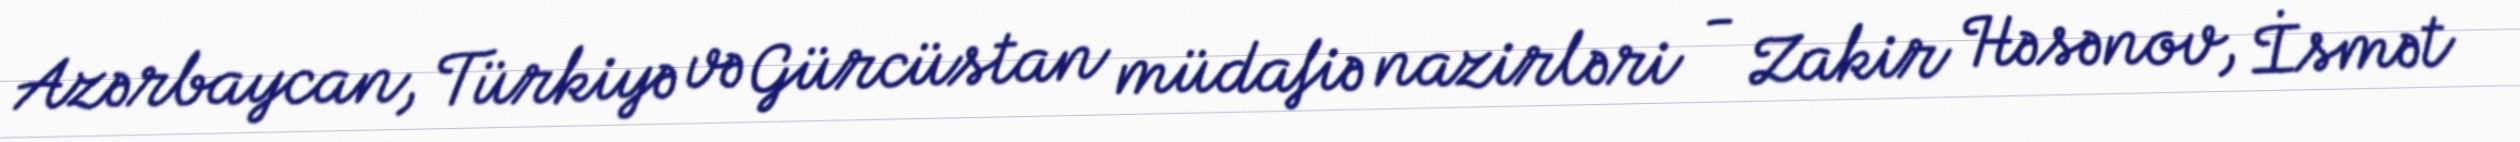
Azərbaycan, Türkiyə və Gürcüstan müdafiə nazirləri - Zakir Həsənov, İsmət